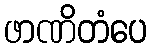
ဖာဏိတံပေ